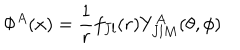
\Phi ^ { A } ( x ) = { \frac { 1 } { r } } f _ { J l } ( r ) Y _ { J l M } ^ { A } ( \theta , \phi )